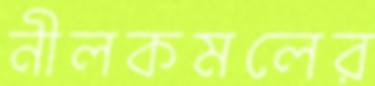
নীলকমলের